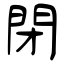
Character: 閉